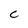
Character: C